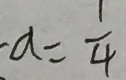
a = \frac { 1 } { 4 }